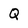
Character: Q